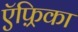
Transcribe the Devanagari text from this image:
ऍफ़्रिका